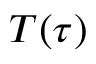
T ( \tau )